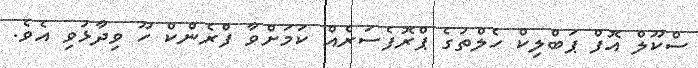
ސްކޫލް އޮފް ޕަބްލިކް ހެލްތުގެ ޕްރޮފެސަރެއް ކަމަށްވާ ފްރެންކް ހޫ ވިދާޅުވި އެވެ.